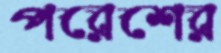
পরেশের